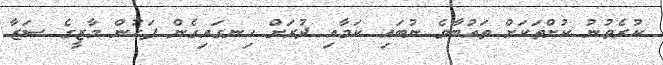
ކުރެވުނު ކުށްތަކަށް ތައުބާވެ ނުބައި ކަމާއި ދުރަށް ހިނގައިގެން ފަހުން މާޒީގެ ސަޒާ